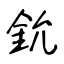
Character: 鈗